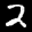
Digit: 2